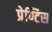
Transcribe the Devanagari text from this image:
प्रेण्टिस